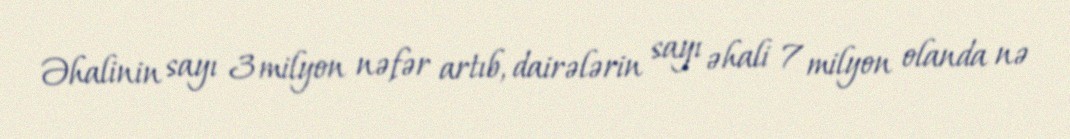
Əhalinin sayı 3 milyon nəfər artıb, dairələrin sayı əhali 7 milyon olanda nə